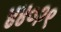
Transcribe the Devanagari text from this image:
४४०२९